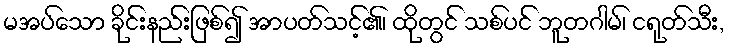
မအပ်သော ခိုင်းနည်းဖြစ်၍ အာပတ်သင့်၏၊ ထိုတွင် သစ်ပင် ဘူတဂါမ်၊ ငရုတ်သီး,